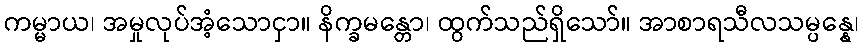
ကမ္မာယ၊ အမှုလုပ်အံ့သောငှာ။ နိက္ခမန္တော၊ ထွက်သည်ရှိသော်။ အာစာရသီလသမ္ပန္နေ၊